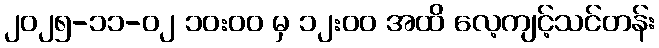
၂၀၂၅-၁၁-၀၂ ၁၀:၀၀ မှ ၁၂:၀၀ အထိ လေ့ကျင့်သင်တန်း